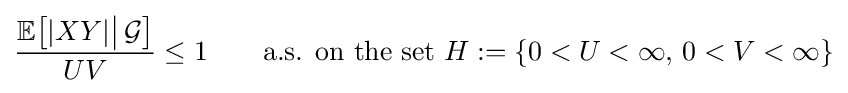
{\frac {\mathbb {E} {\bigl [}|XY|{\big |}\,{\mathcal {G}}{\bigr ]}}{UV}}\leq 1\qquad {\text{a.s. on the set }}H:=\{0<U<\infty ,\,0<V<\infty \}